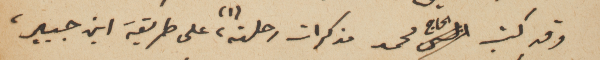
وقد كتب الحاج محمد مذكرات رحلته (١)، على طريقة ابن جبير،